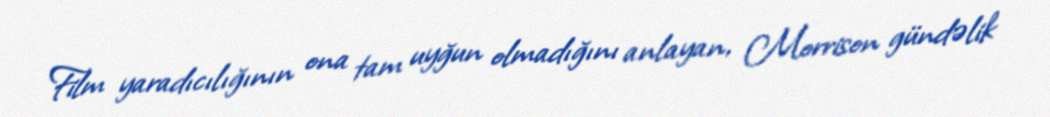
Film yaradıcılığının ona tam uyğun olmadığını anlayan, Morrison gündəlik